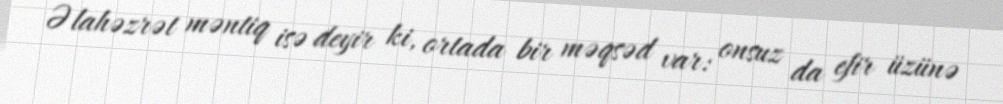
Əlahəzrət məntiq isə deyir ki, ortada bir məqsəd var: onsuz da efir üzünə